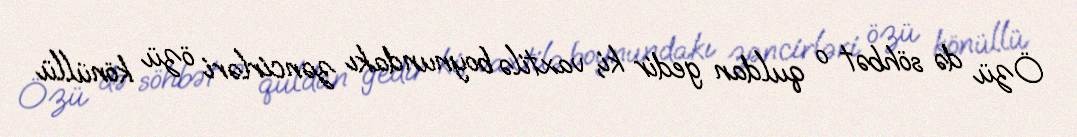
Özü də söhbət o quldan gedir ki, vaxtilə boynundakı zəncirləri özü könüllü